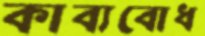
কাব্যবোধ